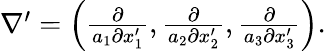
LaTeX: \begin{array}{r}{\nabla^{\prime}=\left(\frac{\partial}{a_{1}\partial x_{1}^{\prime}},\frac{\partial}{a_{2}\partial x_{2}^{\prime}},\frac{\partial}{a_{3}\partial x_{3}^{\prime}}\right).}\end{array}